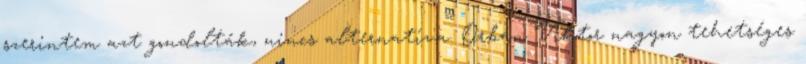
szerintem azt gondolták, nincs alternatíva. Orbán Viktor nagyon tehetséges